Trukikaitis_Postimees, lk 10
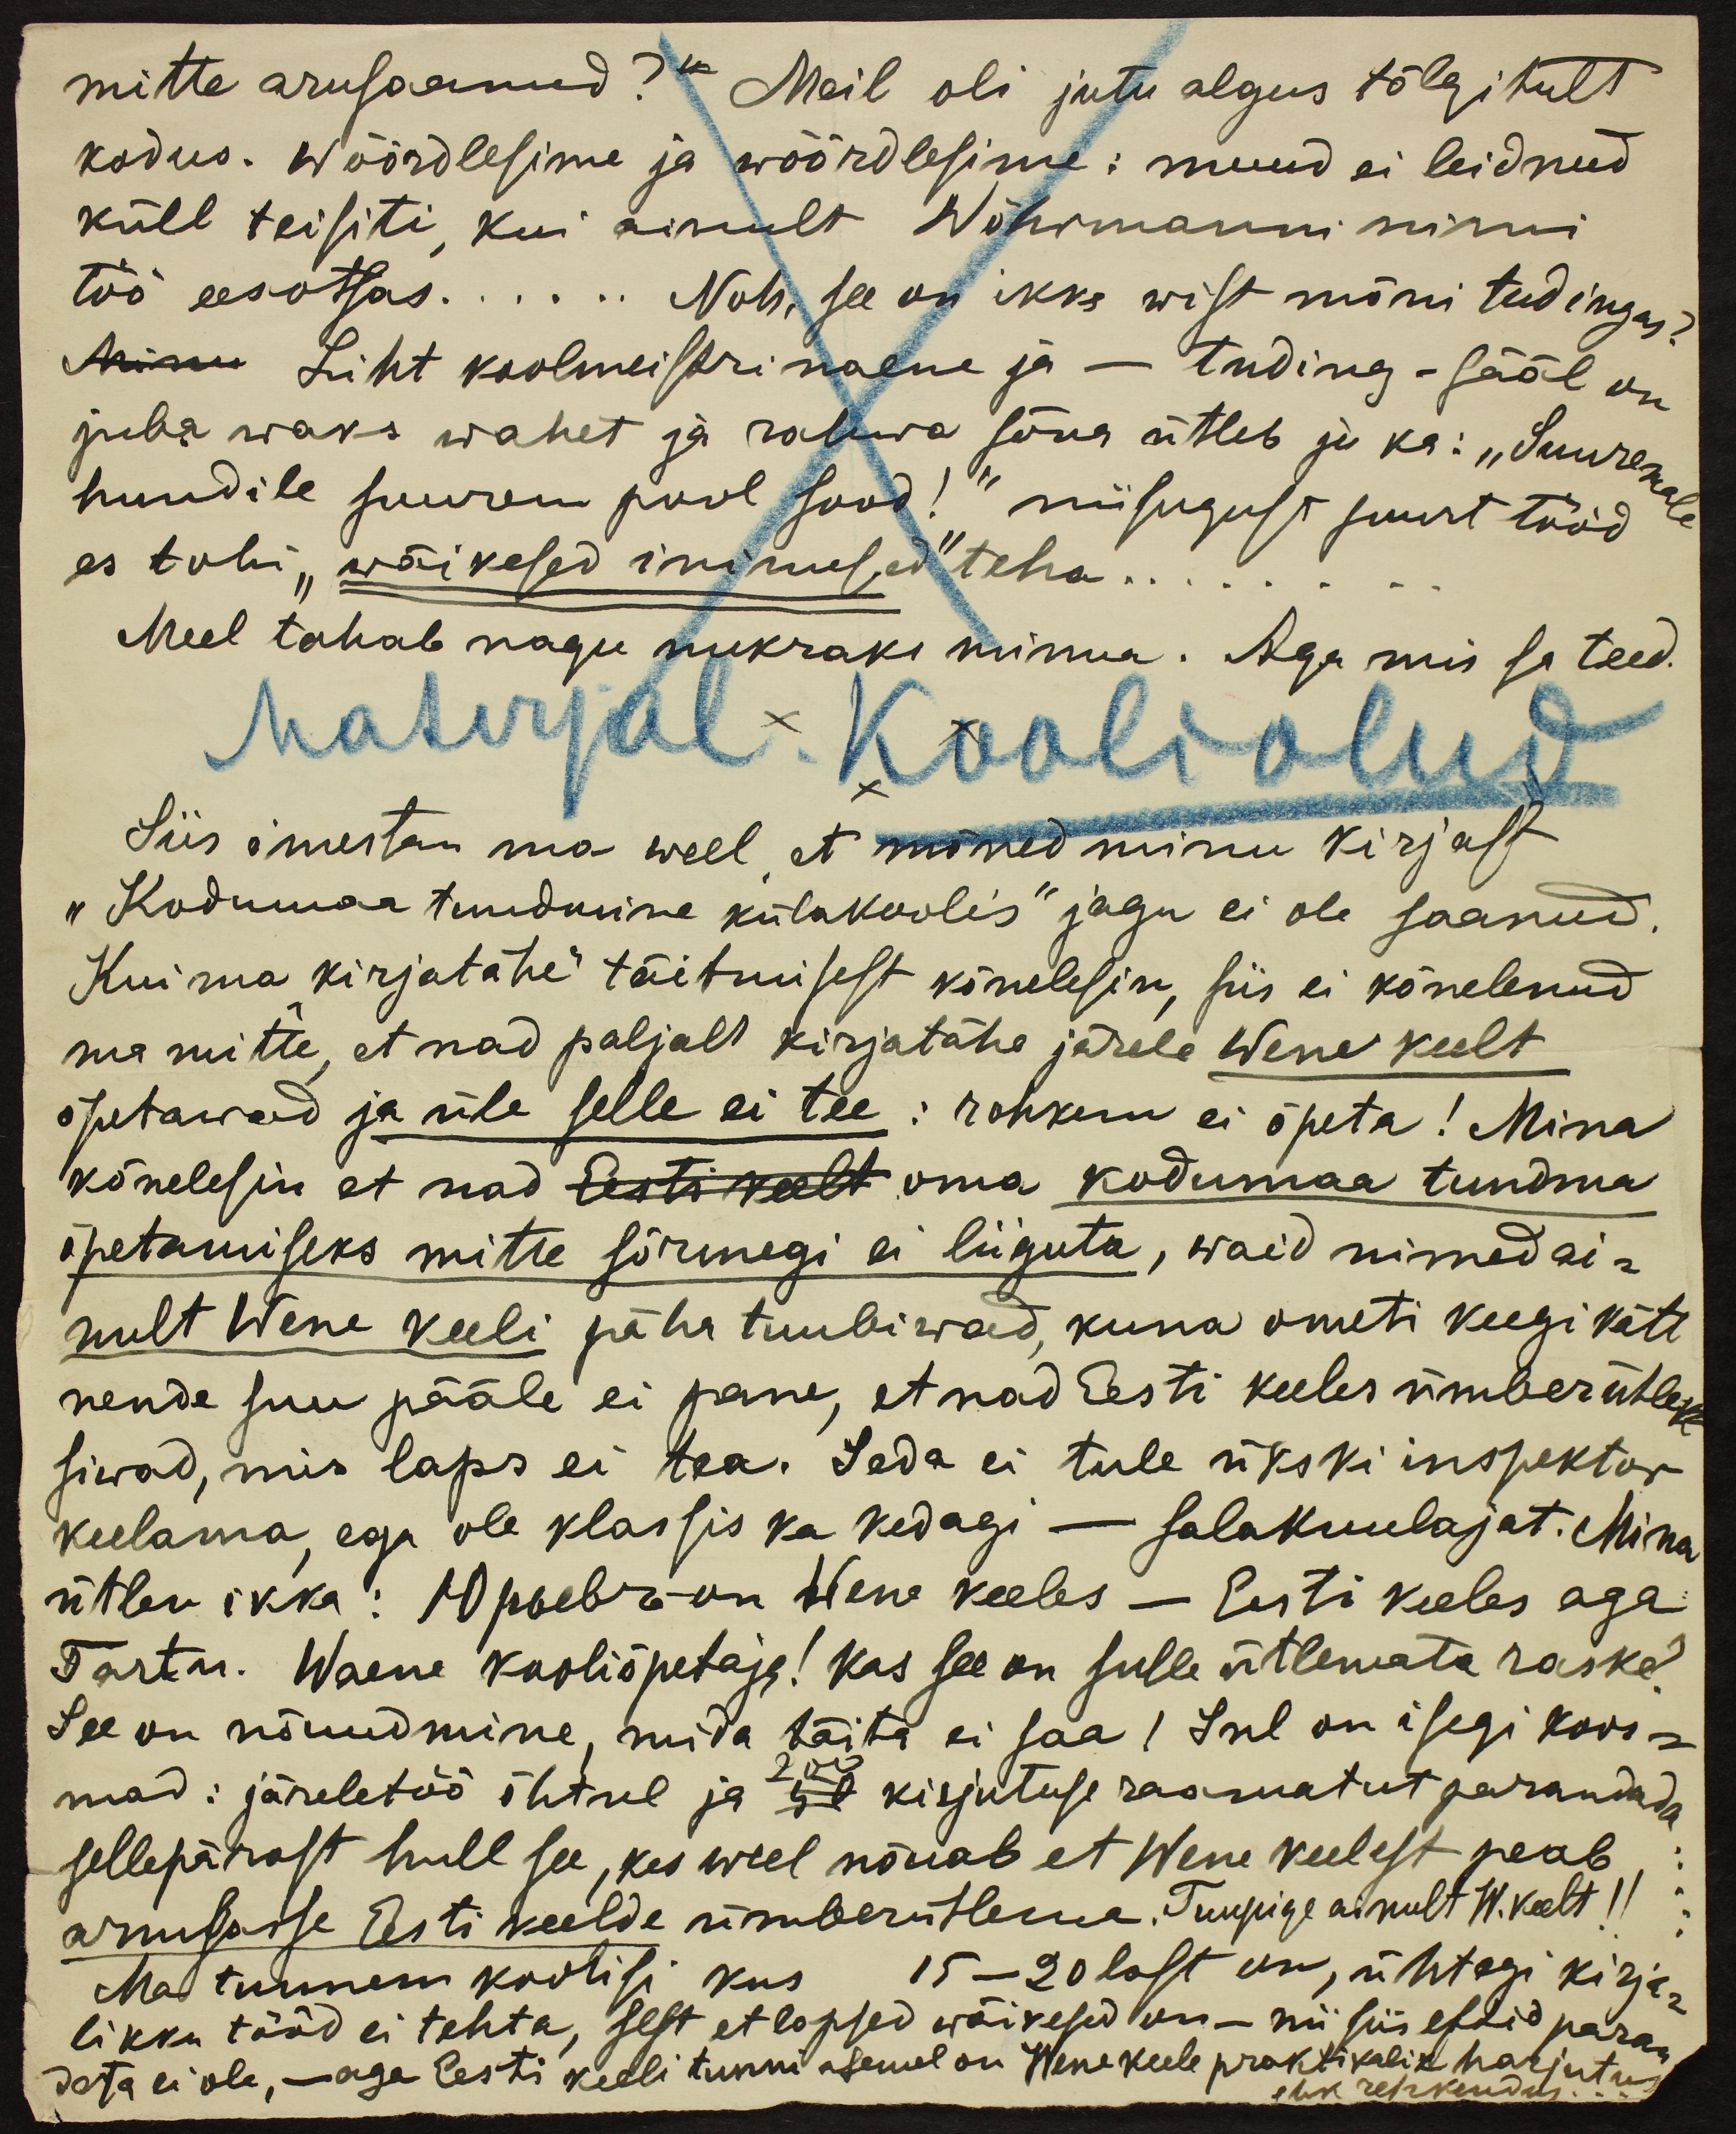
mitte arusaanud?" Meil oli jutu algus tõlgitult
kodus. Wõõrdlesime ja wõõrdlesime: muud ei leidnud
küll teisiti, kui ainult Wöhrmanni nimi
töö eesotsas...... Noh, see on ikka wist mõni tudingas?
Minu Liht koolmeistri naene ja - tuding - sääl on
juba waks wahet ja rahwa sõna ütleb ju ka: "Suuremal
hundile suurem pool sood!" niisugust suurt tööd
es tohi "wäikesed inimesed" teha.
Meel tahab nagu nukraks minna. Aga mis sa teed.
Materjal. Kooliolud
Siis imestan ma weel et mõned minu kirjast
"Kodumaa tundmine külakoolis" jagu ei ole saanud
Kui ma "kirjatähe" täitmisest kõnelesin, siis ei kõnelenud
ma mitte, et nad paljalt kirjatähe järele Wene keelt
õpetawad ja üle selle ei tee: rohkem ei õpeta! Mina
kõnelesin et nad Eesti keelt oma kodumaa tundma
õpetamiseks mitte sõrmegi ei liiguta, waid nimed ai-
nult Wene keeli pähe tuubiwad, kuna ometi keegi kätt
nende suu pääle ei pane, et nad Eesti keeles ümber ütleks
siwad, mis laps ei tea. Seda ei tule ükski inspektor
keelama, ega ole klassis ka kedagi - salakuulajat. Mina
ütlen ikka: Юрьев - on wene keeles - Eesti keelas aga
Tartu. Waene kooliõpetaja! Kas see on sulle ütlemata raske?
See on nõuudmine, mida täita ei saa! Sul on isegi koos-
mad: järeletöö õhtul ja 50 kirjutuse raamatut parandada
sellepärast hull see, kes weel nõuab et Wene keelest peab
arjubatse Eesti keelde ümberütlema. Tuupige ainult W. keelt!
Ma tunnen koolisi kus 15-20 last on, ühtegi kirja-
likku tööd ei tehta, sest et lapsed wäikesed on - nii siis eftis paran-
data ei ole, - aga Eesti keeli tunni asemel on Wene keele praktikalik harjutus
ehk rehkendus...